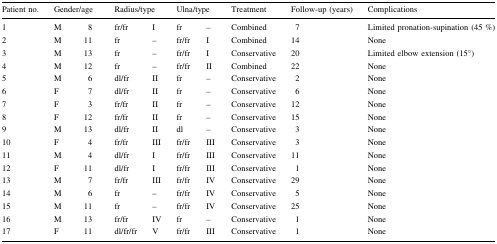
| Patient no. | <COLSPAN=2> Gender/age | <COLSPAN=2> Radius/type | <COLSPAN=2> Ulna/type | Treatment | Follow-up (years) | Complications |
 | --- | --- | --- | --- | --- | --- | --- | --- | --- | --- |
 | 1 | M | 8 | fr/fr | I | fr | – | Combined | 7 | Limited pronation-supination (45 %) |
 | 2 | M | 11 | fr | – | fr/fr | I | Combined | 14 | None |
 | 3 | M | 13 | fr | – | fr/fr | I | Conservative | 20 | Limited elbow extension (15°) |
 | 4 | M | 12 | fr | – | fr/fr | II | Combined | 22 | None |
 | 5 | M | 6 | dl/fr | II | fr | – | Conservative | 2 | None |
 | 6 | F | 7 | dl/fr | II | fr | – | Conservative | 6 | None |
 | 7 | F | 3 | fr/fr | II | fr | – | Conservative | 12 | None |
 | 8 | F | 12 | fr/fr | II | fr | – | Conservative | 15 | None |
 | 9 | M | 13 | dl/fr | II | dl | – | Conservative | 3 | None |
 | 10 | F | 4 | fr/fr | III | fr/fr | III | Conservative | 3 | None |
 | 11 | M | 4 | dl/fr | I | fr/fr | III | Conservative | 11 | None |
 | 12 | F | 11 | dl/fr | I | fr/fr | III | Conservative | 1 | None |
 | 13 | M | 7 | fr/fr | III | fr/fr | IV | Conservative | 29 | None |
 | 14 | M | 6 | fr | – | fr/fr | IV | Conservative | 5 | None |
 | 15 | M | 11 | fr | – | fr/fr | IV | Conservative | 25 | None |
 | 16 | M | 13 | fr/fr | IV | fr | – | Conservative | 1 | None |
 | 17 | F | 11 | dl/fr/fr | V | fr/fr | III | Conservative | 1 | None |